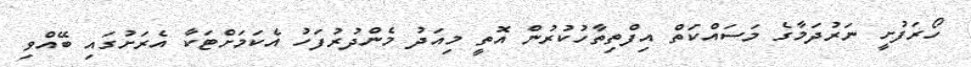
ހޯރަފުށީ ނަރުދަމާގެ މަސައްކަތް އިފްތިތާހުކުރުން އޮތީ މިއަދު މެންދުރުފަހު އެކަމަށްޓަކާ އެރަށުގައި ބޭއްވި